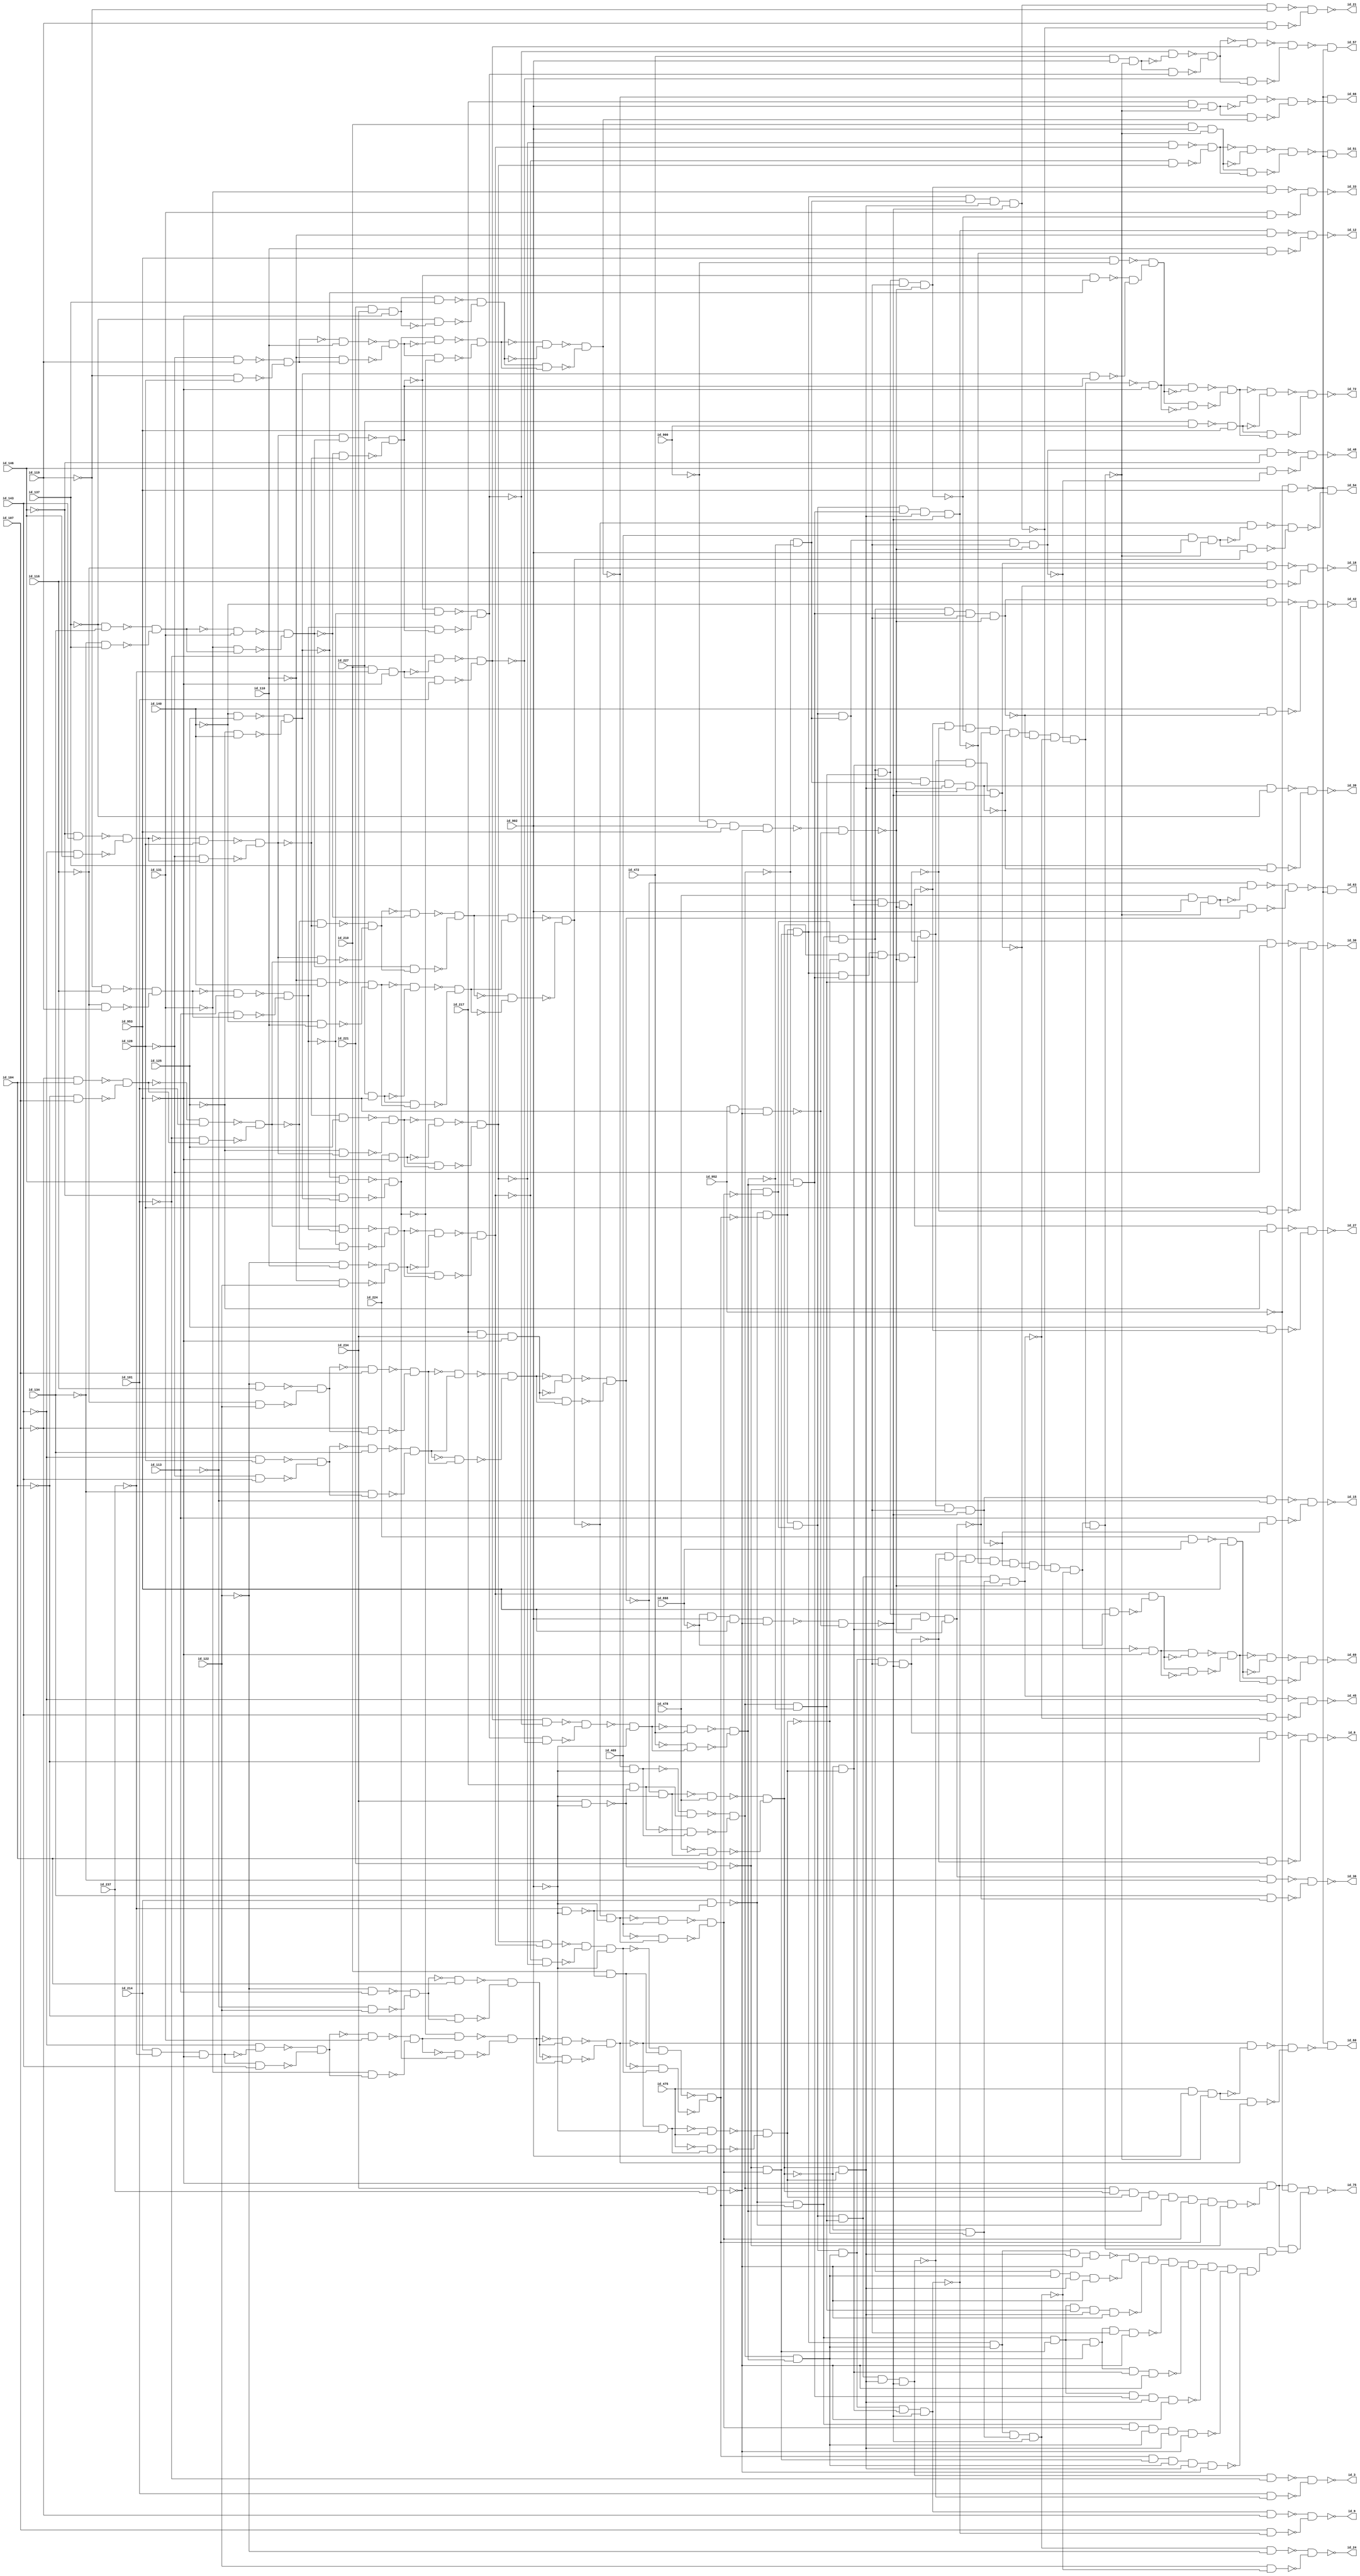
module c1908nr
( id_101 ,id_104 ,id_107 ,id_110 ,id_113 ,id_116 ,id_119 ,id_122 ,id_125 ,id_128 ,id_131 ,id_134 ,id_137 ,id_140 ,id_143 ,id_146 ,id_210 ,id_214 ,id_217 ,id_221 ,id_224 ,id_227 ,id_234 ,id_237 ,id_469 ,id_472 ,id_475 ,id_478 ,id_898 ,id_900 ,id_902 ,id_952 ,id_953 ,id_3 ,id_6 ,id_9 ,id_12 ,id_30 ,id_45 ,id_48 ,id_15 ,id_18 ,id_21 ,id_24 ,id_27 ,id_33 ,id_36 ,id_39 ,id_42 ,id_75 ,id_51 ,id_54 ,id_60 ,id_63 ,id_66 ,id_69 ,id_72 ,id_57  );

input id_101, id_104, id_107, id_110, id_113, id_116, id_119, id_122, id_125, id_128, id_131, id_134, id_137, id_140, id_143, id_146, id_210, id_214, id_217, id_221, id_224, id_227, id_234, id_237, id_469, id_472, id_475, id_478, id_898, id_900, id_902, id_952, id_953;

output id_3, id_6, id_9, id_12, id_30, id_45, id_48, id_15, id_18, id_21, id_24, id_27, id_33, id_36, id_39, id_42, id_75, id_51, id_54, id_60, id_63, id_66, id_69, id_72, id_57;

not ( id_149, id_101);
not ( id_153, id_104);
not ( id_156, id_107);
not ( id_160, id_110);
not ( id_165, id_113);
not ( id_168, id_116);
not ( id_171, id_119);
not ( id_175, id_122);
not ( id_179, id_125);
not ( id_184, id_128);
not ( id_188, id_131);
not ( id_191, id_134);
not ( id_194, id_137);
not ( id_198, id_140);
not ( id_202, id_143);
not ( id_206, id_146);
nand ( id_231, id_224, id_898);
nand ( id_233, id_227, id_900);
not ( id_241, id_237);
not ( id_244, id_237);
buf ( id_245, id_234);
buf ( id_248, id_234);
not ( id_517, id_469);
not ( id_529, id_472);
not ( id_541, id_475);
not ( id_553, id_478);
not ( id_859, id_953);
not ( id_862, id_953);
not ( id_907, id_898);
not ( id_909, id_900);
buf ( id_911, id_902);
not ( id_918, id_902);
buf ( id_919, id_902);
not ( id_922, id_902);
buf ( id_926, id_952);
not ( id_930, id_952);
not ( id_932, id_952);
buf ( id_934, id_953);
not ( id_938, id_953);
buf ( id_943, id_953);
buf ( id_947, id_953);
not ( id_949, id_953);
buf ( id_1506, id_101);
buf ( id_1514, id_104);
buf ( id_1522, id_107);
buf ( id_1530, id_110);
buf ( id_1538, id_113);
buf ( id_1546, id_116);
buf ( id_1554, id_119);
buf ( id_1562, id_122);
buf ( id_1570, id_125);
buf ( id_1578, id_128);
buf ( id_1586, id_131);
buf ( id_1594, id_134);
buf ( id_1602, id_137);
buf ( id_1610, id_140);
buf ( id_1618, id_143);
buf ( id_1626, id_146);
not ( id_1512, id_1506);
not ( id_1520, id_1514);
not ( id_1528, id_1522);
not ( id_1536, id_1530);
not ( id_1544, id_1538);
not ( id_1552, id_1546);
not ( id_1560, id_1554);
not ( id_1568, id_1562);
not ( id_1576, id_1570);
not ( id_1584, id_1578);
not ( id_1592, id_1586);
not ( id_1600, id_1594);
not ( id_1608, id_1602);
not ( id_1616, id_1610);
not ( id_1624, id_1618);
not ( id_1632, id_1626);
nand ( id_50, id_930, id_947);
nand ( id_52, id_930, id_947);
nand ( id_56, id_930, id_947);
nand ( id_58, id_930, id_947);
nand ( id_62, id_930, id_947);
nand ( id_64, id_930, id_947);
buf ( id_251, id_149);
buf ( id_254, id_153);
buf ( id_288, id_165);
buf ( id_291, id_168);
buf ( id_299, id_184);
buf ( id_302, id_202);
and ( id_318, id_224, id_938);
buf ( id_321, id_179);
buf ( id_327, id_188);
buf ( id_330, id_191);
and ( id_352, id_227, id_938);
buf ( id_355, id_198);
and ( id_369, id_210, id_241, id_938);
buf ( id_382, id_206);
buf ( id_385, id_198);
nand ( id_853, id_943, id_907);
nand ( id_856, id_943, id_909);
nand ( id_893, id_248, id_237);
nand ( id_954, id_248, id_922);
nand ( id_955, id_244, id_922);
buf ( id_1050, id_160);
buf ( id_1053, id_175);
buf ( id_1176, id_179);
buf ( id_1179, id_198);
buf ( id_1197, id_149);
buf ( id_1207, id_149);
buf ( id_1222, id_153);
buf ( id_1244, id_188);
buf ( id_1278, id_156);
and ( id_1290, id_217, id_245, id_938);
buf ( id_1300, id_191);
buf ( id_1312, id_160);
buf ( id_1332, id_194);
and ( id_1335, id_221, id_245, id_938);
buf ( id_1442, id_517);
buf ( id_1450, id_517);
buf ( id_1458, id_529);
buf ( id_1466, id_529);
buf ( id_1474, id_541);
buf ( id_1482, id_541);
buf ( id_1490, id_553);
buf ( id_1498, id_553);
and ( id_1634, id_231, id_934);
and ( id_1644, id_233, id_934);
buf ( id_1657, id_156);
buf ( id_1665, id_156);
buf ( id_1697, id_171);
buf ( id_1705, id_171);
buf ( id_1713, id_206);
buf ( id_1721, id_206);
buf ( id_1745, id_194);
buf ( id_1753, id_194);
buf ( id_1785, id_160);
buf ( id_1793, id_160);
buf ( id_1814, id_165);
buf ( id_1817, id_175);
and ( id_1830, id_214, id_241, id_938);
buf ( id_1833, id_202);
buf ( id_1841, id_179);
buf ( id_1849, id_179);
buf ( id_1854, id_168);
buf ( id_1857, id_175);
buf ( id_1870, id_184);
buf ( id_1873, id_202);
buf ( id_1878, id_171);
buf ( id_1881, id_184);
not ( id_1642, id_1634);
not ( id_1652, id_1644);
not ( id_1056, id_1050);
not ( id_1057, id_1053);
not ( id_1182, id_1176);
not ( id_1183, id_1179);
not ( id_1211, id_1207);
not ( id_1298, id_1290);
not ( id_1320, id_1312);
not ( id_1338, id_1332);
not ( id_1339, id_1335);
buf ( id_457, id_210);
buf ( id_459, id_217);
nand ( id_482, id_214, id_955);
nand ( id_487, id_221, id_954);
nand ( id_492, id_210, id_955);
nand ( id_505, id_217, id_954);
not ( id_1456, id_1450);
not ( id_1448, id_1442);
not ( id_1472, id_1466);
not ( id_1464, id_1458);
not ( id_1488, id_1482);
not ( id_1480, id_1474);
not ( id_1504, id_1498);
not ( id_1496, id_1490);
nand ( id_956, id_907, id_919, id_943, id_893);
nand ( id_967, id_909, id_919, id_943, id_893);
nand ( id_978, id_926, id_949, id_893);
buf ( id_979, id_893);
buf ( id_980, id_251);
not ( id_1661, id_1657);
buf ( id_990, id_251);
not ( id_1669, id_1665);
buf ( id_1030, id_288);
not ( id_1701, id_1697);
buf ( id_1040, id_288);
not ( id_1709, id_1705);
buf ( id_1058, id_299);
not ( id_1717, id_1713);
buf ( id_1068, id_299);
not ( id_1725, id_1721);
buf ( id_1078, id_318);
buf ( id_1090, id_318);
buf ( id_1100, id_327);
not ( id_1749, id_1745);
buf ( id_1112, id_327);
not ( id_1757, id_1753);
buf ( id_1154, id_352);
not ( id_1789, id_1785);
buf ( id_1166, id_352);
not ( id_1797, id_1793);
buf ( id_1194, id_369);
not ( id_1201, id_1197);
buf ( id_1204, id_369);
not ( id_1820, id_1814);
not ( id_1821, id_1817);
not ( id_1230, id_1222);
not ( id_1836, id_1830);
not ( id_1837, id_1833);
not ( id_1252, id_1244);
buf ( id_1256, id_382);
not ( id_1845, id_1841);
buf ( id_1268, id_382);
not ( id_1853, id_1849);
not ( id_1860, id_1854);
not ( id_1861, id_1857);
not ( id_1286, id_1278);
not ( id_1876, id_1870);
not ( id_1877, id_1873);
not ( id_1308, id_1300);
not ( id_1884, id_1878);
not ( id_1885, id_1881);
buf ( id_1654, id_254);
buf ( id_1662, id_254);
buf ( id_1694, id_291);
buf ( id_1702, id_291);
buf ( id_1710, id_302);
buf ( id_1718, id_302);
buf ( id_1726, id_321);
buf ( id_1734, id_321);
buf ( id_1742, id_330);
buf ( id_1750, id_330);
buf ( id_1782, id_355);
buf ( id_1790, id_355);
buf ( id_1838, id_385);
buf ( id_1846, id_385);
nand ( id_297, id_1053, id_1056);
nand ( id_298, id_1050, id_1057);
nand ( id_361, id_1179, id_1182);
nand ( id_362, id_1176, id_1183);
nand ( id_404, id_1335, id_1338);
nand ( id_405, id_1332, id_1339);
nand ( id_1225, id_1817, id_1820);
nand ( id_1226, id_1814, id_1821);
nand ( id_1247, id_1833, id_1836);
nand ( id_1248, id_1830, id_1837);
nand ( id_1281, id_1857, id_1860);
nand ( id_1282, id_1854, id_1861);
nand ( id_1303, id_1873, id_1876);
nand ( id_1304, id_1870, id_1877);
nand ( id_1315, id_1881, id_1884);
nand ( id_1316, id_1878, id_1885);
not ( id_998, id_990);
not ( id_988, id_980);
nand ( id_268, id_297, id_298);
not ( id_1038, id_1030);
not ( id_1048, id_1040);
not ( id_1076, id_1068);
not ( id_1066, id_1058);
not ( id_1098, id_1090);
not ( id_1120, id_1112);
not ( id_1174, id_1166);
nand ( id_363, id_361, id_362);
not ( id_1210, id_1204);
nand ( id_373, id_1204, id_1211);
not ( id_1276, id_1268);
nand ( id_406, id_404, id_405);
buf ( id_566, id_482);
buf ( id_615, id_487);
nand ( id_958, id_956, id_978);
nand ( id_969, id_967, id_978);
not ( id_1660, id_1654);
nand ( id_984, id_1654, id_1661);
not ( id_1668, id_1662);
nand ( id_994, id_1662, id_1669);
not ( id_1700, id_1694);
nand ( id_1034, id_1694, id_1701);
not ( id_1708, id_1702);
nand ( id_1044, id_1702, id_1709);
not ( id_1716, id_1710);
nand ( id_1062, id_1710, id_1717);
not ( id_1724, id_1718);
nand ( id_1072, id_1718, id_1725);
not ( id_1732, id_1726);
not ( id_1086, id_1078);
not ( id_1740, id_1734);
not ( id_1748, id_1742);
nand ( id_1104, id_1742, id_1749);
not ( id_1108, id_1100);
not ( id_1756, id_1750);
nand ( id_1116, id_1750, id_1757);
not ( id_1788, id_1782);
nand ( id_1158, id_1782, id_1789);
not ( id_1162, id_1154);
not ( id_1796, id_1790);
nand ( id_1170, id_1790, id_1797);
not ( id_1200, id_1194);
nand ( id_1203, id_1194, id_1201);
nand ( id_1227, id_1225, id_1226);
nand ( id_1249, id_1247, id_1248);
not ( id_1844, id_1838);
nand ( id_1260, id_1838, id_1845);
not ( id_1264, id_1256);
not ( id_1852, id_1846);
nand ( id_1272, id_1846, id_1853);
nand ( id_1283, id_1281, id_1282);
nand ( id_1305, id_1303, id_1304);
nand ( id_1317, id_1315, id_1316);
buf ( id_1410, id_492);
buf ( id_1418, id_492);
buf ( id_1426, id_505);
buf ( id_1434, id_505);
not ( id_269, id_268);
nand ( id_372, id_1207, id_1210);
nand ( id_983, id_1657, id_1660);
nand ( id_993, id_1665, id_1668);
nand ( id_1033, id_1697, id_1700);
nand ( id_1043, id_1705, id_1708);
nand ( id_1061, id_1713, id_1716);
nand ( id_1071, id_1721, id_1724);
nand ( id_1103, id_1745, id_1748);
nand ( id_1115, id_1753, id_1756);
nand ( id_1157, id_1785, id_1788);
nand ( id_1169, id_1793, id_1796);
not ( id_1184, id_363);
nand ( id_1202, id_1197, id_1200);
nand ( id_1259, id_1841, id_1844);
nand ( id_1271, id_1849, id_1852);
not ( id_1322, id_406);
nand ( id_374, id_372, id_373);
nand ( id_396, id_1317, id_1320);
not ( id_1321, id_1317);
not ( id_1424, id_1418);
not ( id_1416, id_1410);
not ( id_1440, id_1434);
not ( id_1432, id_1426);
nand ( id_985, id_983, id_984);
nand ( id_995, id_993, id_994);
nand ( id_1035, id_1033, id_1034);
nand ( id_1045, id_1043, id_1044);
nand ( id_1063, id_1061, id_1062);
nand ( id_1073, id_1071, id_1072);
nand ( id_1105, id_1103, id_1104);
nand ( id_1117, id_1115, id_1116);
nand ( id_1159, id_1157, id_1158);
nand ( id_1171, id_1169, id_1170);
nand ( id_1212, id_1202, id_1203);
not ( id_1231, id_1227);
nand ( id_1232, id_1227, id_1230);
not ( id_1253, id_1249);
nand ( id_1254, id_1249, id_1252);
nand ( id_1261, id_1259, id_1260);
nand ( id_1273, id_1271, id_1272);
not ( id_1287, id_1283);
nand ( id_1288, id_1283, id_1286);
not ( id_1309, id_1305);
nand ( id_1310, id_1305, id_1308);
not ( id_1192, id_1184);
nand ( id_397, id_1312, id_1321);
not ( id_1330, id_1322);
buf ( id_1000, id_269);
buf ( id_1010, id_269);
nand ( id_1233, id_1222, id_1231);
nand ( id_1255, id_1244, id_1253);
nand ( id_1289, id_1278, id_1287);
nand ( id_1311, id_1300, id_1309);
not ( id_1381, id_374);
nand ( id_257, id_995, id_998);
not ( id_999, id_995);
nand ( id_260, id_985, id_988);
not ( id_989, id_985);
nand ( id_272, id_1035, id_1038);
not ( id_1039, id_1035);
nand ( id_294, id_1045, id_1048);
not ( id_1049, id_1045);
nand ( id_305, id_1073, id_1076);
not ( id_1077, id_1073);
nand ( id_308, id_1063, id_1066);
not ( id_1067, id_1063);
nand ( id_333, id_1117, id_1120);
not ( id_1121, id_1117);
nand ( id_358, id_1171, id_1174);
not ( id_1175, id_1171);
not ( id_1220, id_1212);
nand ( id_388, id_1273, id_1276);
not ( id_1277, id_1273);
nand ( id_398, id_396, id_397);
not ( id_1109, id_1105);
nand ( id_1110, id_1105, id_1108);
not ( id_1163, id_1159);
nand ( id_1164, id_1159, id_1162);
nand ( id_1234, id_1232, id_1233);
not ( id_1265, id_1261);
nand ( id_1266, id_1261, id_1264);
nand ( id_1822, id_1254, id_1255);
nand ( id_1862, id_1310, id_1311);
nand ( id_1865, id_1288, id_1289);
nand ( id_258, id_990, id_999);
nand ( id_261, id_980, id_989);
nand ( id_273, id_1030, id_1039);
not ( id_1018, id_1010);
not ( id_1008, id_1000);
nand ( id_295, id_1040, id_1049);
nand ( id_306, id_1068, id_1077);
nand ( id_309, id_1058, id_1067);
nand ( id_334, id_1112, id_1121);
nand ( id_359, id_1166, id_1175);
nand ( id_389, id_1268, id_1277);
not ( id_1385, id_1381);
nand ( id_1111, id_1100, id_1109);
nand ( id_1165, id_1154, id_1163);
nand ( id_1267, id_1256, id_1265);
not ( id_1886, id_398);
nand ( id_259, id_257, id_258);
nand ( id_262, id_260, id_261);
nand ( id_274, id_272, id_273);
nand ( id_296, id_294, id_295);
nand ( id_307, id_305, id_306);
nand ( id_310, id_308, id_309);
nand ( id_335, id_333, id_334);
nand ( id_360, id_358, id_359);
not ( id_1242, id_1234);
nand ( id_390, id_388, id_389);
not ( id_1828, id_1822);
not ( id_1868, id_1862);
not ( id_1869, id_1865);
nand ( id_1373, id_1164, id_1165);
nand ( id_1798, id_1110, id_1111);
nand ( id_1825, id_1266, id_1267);
not ( id_265, id_259);
not ( id_314, id_307);
not ( id_336, id_335);
not ( id_407, id_296);
nand ( id_1293, id_1865, id_1868);
nand ( id_1294, id_1862, id_1869);
not ( id_1892, id_1886);
not ( id_1777, id_360);
not ( id_1889, id_390);
buf ( id_410, id_310);
not ( id_1377, id_1373);
not ( id_1804, id_1798);
nand ( id_1237, id_1825, id_1828);
not ( id_1829, id_1825);
nand ( id_1295, id_1293, id_1294);
buf ( id_1670, id_274);
buf ( id_1678, id_274);
buf ( id_1729, id_310);
buf ( id_1737, id_310);
buf ( id_1761, id_262);
buf ( id_1769, id_262);
buf ( id_340, id_336);
buf ( id_343, id_314);
not ( id_1781, id_1777);
nand ( id_1238, id_1822, id_1829);
nand ( id_1325, id_1889, id_1892);
not ( id_1893, id_1889);
buf ( id_1340, id_407);
buf ( id_1352, id_407);
buf ( id_1673, id_265);
buf ( id_1681, id_265);
buf ( id_1801, id_314);
buf ( id_1897, id_336);
buf ( id_1905, id_336);
nand ( id_391, id_1295, id_1298);
not ( id_1299, id_1295);
not ( id_1676, id_1670);
not ( id_1684, id_1678);
nand ( id_1081, id_1729, id_1732);
not ( id_1733, id_1729);
nand ( id_1093, id_1737, id_1740);
not ( id_1741, id_1737);
not ( id_1765, id_1761);
not ( id_1773, id_1769);
nand ( id_1239, id_1237, id_1238);
nand ( id_1326, id_1886, id_1893);
buf ( id_1894, id_410);
buf ( id_1902, id_410);
nand ( id_392, id_1290, id_1299);
not ( id_1360, id_1352);
nand ( id_1003, id_1673, id_1676);
not ( id_1677, id_1673);
nand ( id_1013, id_1681, id_1684);
not ( id_1685, id_1681);
nand ( id_1082, id_1726, id_1733);
nand ( id_1094, id_1734, id_1741);
buf ( id_1122, id_340);
buf ( id_1134, id_340);
nand ( id_1187, id_1801, id_1804);
not ( id_1805, id_1801);
nand ( id_1327, id_1325, id_1326);
not ( id_1901, id_1897);
not ( id_1348, id_1340);
not ( id_1909, id_1905);
buf ( id_1758, id_343);
buf ( id_1766, id_343);
nand ( id_377, id_1239, id_1242);
not ( id_1243, id_1239);
nand ( id_393, id_391, id_392);
nand ( id_1004, id_1670, id_1677);
nand ( id_1014, id_1678, id_1685);
nand ( id_1083, id_1081, id_1082);
nand ( id_1095, id_1093, id_1094);
nand ( id_1188, id_1798, id_1805);
not ( id_1900, id_1894);
nand ( id_1344, id_1894, id_1901);
not ( id_1908, id_1902);
nand ( id_1356, id_1902, id_1909);
not ( id_1142, id_1134);
nand ( id_378, id_1234, id_1243);
nand ( id_399, id_1327, id_1330);
not ( id_1331, id_1327);
nand ( id_1005, id_1003, id_1004);
nand ( id_1015, id_1013, id_1014);
not ( id_1764, id_1758);
nand ( id_1126, id_1758, id_1765);
not ( id_1130, id_1122);
not ( id_1772, id_1766);
nand ( id_1138, id_1766, id_1773);
nand ( id_1189, id_1187, id_1188);
nand ( id_1343, id_1897, id_1900);
nand ( id_1355, id_1905, id_1908);
nand ( id_324, id_1095, id_1098);
not ( id_1099, id_1095);
nand ( id_379, id_377, id_378);
nand ( id_400, id_1322, id_1331);
nand ( id_449, id_393, id_918);
not ( id_1087, id_1083);
nand ( id_1088, id_1083, id_1086);
nand ( id_1125, id_1761, id_1764);
nand ( id_1137, id_1769, id_1772);
nand ( id_1345, id_1343, id_1344);
nand ( id_1357, id_1355, id_1356);
buf ( id_1397, id_393);
nand ( id_277, id_1015, id_1018);
not ( id_1019, id_1015);
nand ( id_280, id_1005, id_1008);
not ( id_1009, id_1005);
nand ( id_325, id_1090, id_1099);
nand ( id_364, id_1189, id_1192);
not ( id_1193, id_1189);
nand ( id_401, id_399, id_400);
nand ( id_1089, id_1078, id_1087);
nand ( id_1127, id_1125, id_1126);
nand ( id_1139, id_1137, id_1138);
nand ( id_278, id_1010, id_1019);
nand ( id_281, id_1000, id_1009);
nand ( id_326, id_324, id_325);
nand ( id_365, id_1184, id_1193);
nand ( id_413, id_1357, id_1360);
not ( id_1361, id_1357);
not ( id_1401, id_1397);
nand ( id_445, id_379, id_918);
not ( id_1349, id_1345);
nand ( id_1350, id_1345, id_1348);
buf ( id_1389, id_379);
buf ( id_1493, id_449);
buf ( id_1501, id_449);
nand ( id_1689, id_1088, id_1089);
nand ( id_279, id_277, id_278);
nand ( id_282, id_280, id_281);
nand ( id_346, id_1139, id_1142);
not ( id_1143, id_1139);
nand ( id_366, id_364, id_365);
nand ( id_414, id_1352, id_1361);
nand ( id_453, id_401, id_918);
not ( id_1131, id_1127);
nand ( id_1132, id_1127, id_1130);
nand ( id_1351, id_1340, id_1349);
not ( id_1365, id_326);
buf ( id_1405, id_401);
not ( id_285, id_279);
nand ( id_347, id_1134, id_1143);
not ( id_367, id_366);
nand ( id_415, id_413, id_414);
not ( id_1393, id_1389);
nand ( id_556, id_1501, id_1504);
not ( id_1505, id_1501);
nand ( id_559, id_1493, id_1496);
not ( id_1497, id_1493);
not ( id_1693, id_1689);
nand ( id_1133, id_1122, id_1131);
buf ( id_1477, id_445);
buf ( id_1485, id_445);
nand ( id_1809, id_1350, id_1351);
nand ( id_348, id_346, id_347);
not ( id_1369, id_1365);
not ( id_1409, id_1405);
nand ( id_557, id_1498, id_1505);
nand ( id_560, id_1490, id_1497);
buf ( id_1362, id_282);
not ( id_1378, id_415);
buf ( id_1429, id_453);
buf ( id_1437, id_453);
buf ( id_1686, id_282);
nand ( id_1774, id_1132, id_1133);
and ( id_1910, id_285, id_853);
and ( id_1918, id_856, id_367);
nand ( id_544, id_1485, id_1488);
not ( id_1489, id_1485);
nand ( id_547, id_1477, id_1480);
not ( id_1481, id_1477);
nand ( id_558, id_556, id_557);
nand ( id_561, id_559, id_560);
not ( id_1813, id_1809);
not ( id_1370, id_348);
not ( id_1368, id_1362);
nand ( id_417, id_1362, id_1369);
not ( id_1384, id_1378);
nand ( id_424, id_1378, id_1385);
nand ( id_508, id_1437, id_1440);
not ( id_1441, id_1437);
nand ( id_511, id_1429, id_1432);
not ( id_1433, id_1429);
nand ( id_545, id_1482, id_1489);
nand ( id_548, id_1474, id_1481);
not ( id_564, id_558);
not ( id_1692, id_1686);
nand ( id_1024, id_1686, id_1693);
not ( id_1780, id_1774);
nand ( id_1148, id_1774, id_1781);
not ( id_1916, id_1910);
not ( id_1924, id_1918);
nand ( id_416, id_1365, id_1368);
not ( id_1376, id_1370);
nand ( id_421, id_1370, id_1377);
nand ( id_423, id_1381, id_1384);
nand ( id_509, id_1434, id_1441);
nand ( id_512, id_1426, id_1433);
nand ( id_546, id_544, id_545);
nand ( id_549, id_547, id_548);
not ( id_719, id_561);
buf ( id_722, id_561);
nand ( id_1023, id_1689, id_1692);
nand ( id_1147, id_1777, id_1780);
nand ( id_418, id_416, id_417);
nand ( id_420, id_1373, id_1376);
nand ( id_425, id_423, id_424);
nand ( id_510, id_508, id_509);
nand ( id_513, id_511, id_512);
not ( id_552, id_546);
nand ( id_1025, id_1023, id_1024);
nand ( id_1149, id_1147, id_1148);
not ( id_419, id_418);
nand ( id_422, id_420, id_421);
nand ( id_441, id_425, id_918);
not ( id_516, id_510);
not ( id_725, id_549);
buf ( id_728, id_549);
not ( id_1029, id_1025);
not ( id_1153, id_1149);
nand ( id_433, id_419, id_918);
nand ( id_437, id_422, id_918);
not ( id_663, id_513);
buf ( id_666, id_513);
and ( id_731, id_719, id_725);
and ( id_746, id_722, id_725);
and ( id_756, id_719, id_728);
and ( id_770, id_722, id_728);
buf ( id_1461, id_441);
buf ( id_1469, id_441);
buf ( id_1413, id_433);
buf ( id_1421, id_433);
buf ( id_1445, id_437);
buf ( id_1453, id_437);
nand ( id_532, id_1469, id_1472);
not ( id_1473, id_1469);
nand ( id_535, id_1461, id_1464);
not ( id_1465, id_1461);
nand ( id_495, id_1421, id_1424);
not ( id_1425, id_1421);
nand ( id_498, id_1413, id_1416);
not ( id_1417, id_1413);
nand ( id_520, id_1453, id_1456);
not ( id_1457, id_1453);
nand ( id_523, id_1445, id_1448);
not ( id_1449, id_1445);
nand ( id_533, id_1466, id_1473);
nand ( id_536, id_1458, id_1465);
nand ( id_496, id_1418, id_1425);
nand ( id_499, id_1410, id_1417);
nand ( id_521, id_1450, id_1457);
nand ( id_524, id_1442, id_1449);
nand ( id_534, id_532, id_533);
nand ( id_537, id_535, id_536);
nand ( id_497, id_495, id_496);
nand ( id_500, id_498, id_499);
nand ( id_522, id_520, id_521);
nand ( id_525, id_523, id_524);
not ( id_540, id_534);
not ( id_503, id_497);
not ( id_528, id_522);
not ( id_669, id_537);
buf ( id_672, id_537);
not ( id_569, id_500);
and ( id_588, id_566, id_500);
not ( id_618, id_525);
and ( id_639, id_615, id_525);
nand ( id_867, id_516, id_564, id_552, id_540, id_482, id_528, id_503, id_487);
buf ( id_588a, id_588);
buf ( id_588b, id_588);
buf ( id_639a, id_639);
buf ( id_639b, id_639);
and ( id_675, id_663, id_669);
and ( id_688, id_666, id_669);
and ( id_696, id_663, id_672);
and ( id_710, id_666, id_672);
and ( id_73, id_949, id_867, id_932);
buf ( id_572, id_569);
and ( id_573, id_566, id_569);
buf ( id_621, id_618);
and ( id_622, id_615, id_618);
nand ( id_776, id_588a, id_639a, id_696, id_731, id_958);
nand ( id_780, id_588a, id_639a, id_675, id_756, id_958);
nand ( id_784, id_588a, id_639a, id_675, id_746, id_958);
nand ( id_788, id_588a, id_639a, id_688, id_731, id_958);
nand ( id_812, id_588b, id_639a, id_710, id_746, id_969);
nand ( id_832, id_588b, id_639b, id_696, id_770, id_969);
nand ( id_836, id_588b, id_639b, id_710, id_756, id_969);
and ( id_1509, id_588a, id_639a, id_696, id_731, id_958);
and ( id_1517, id_588a, id_639a, id_675, id_756, id_958);
and ( id_1525, id_588a, id_639a, id_675, id_746, id_958);
and ( id_1533, id_588a, id_639a, id_688, id_731, id_958);
and ( id_1581, id_588b, id_639a, id_710, id_746, id_969);
and ( id_1621, id_588b, id_639b, id_696, id_770, id_969);
and ( id_1629, id_588b, id_639b, id_710, id_756, id_969);
nand ( id_792, id_588a, id_622, id_696, id_756, id_958);
nand ( id_796, id_588b, id_622, id_696, id_746, id_958);
nand ( id_800, id_588b, id_622, id_710, id_731, id_958);
nand ( id_804, id_588b, id_622, id_675, id_770, id_958);
nand ( id_808, id_588b, id_622, id_688, id_756, id_969);
nand ( id_816, id_573, id_639b, id_696, id_756, id_969);
nand ( id_820, id_573, id_639b, id_696, id_746, id_969);
nand ( id_824, id_573, id_639b, id_710, id_731, id_969);
nand ( id_828, id_573, id_639b, id_688, id_756, id_969);
nand ( id_871, id_588b, id_622, id_675, id_731, id_979);
nand ( id_873, id_573, id_639b, id_675, id_731, id_979);
nand ( id_875, id_573, id_622, id_696, id_731, id_979);
nand ( id_877, id_573, id_622, id_675, id_756, id_979);
nand ( id_879, id_573, id_622, id_675, id_746, id_979);
nand ( id_881, id_573, id_622, id_688, id_731, id_979);
nand ( id_883, id_573, id_621, id_675, id_731, id_979);
nand ( id_885, id_572, id_622, id_675, id_731, id_979);
and ( id_1541, id_588a, id_622, id_696, id_756, id_958);
and ( id_1549, id_588b, id_622, id_696, id_746, id_958);
and ( id_1557, id_588b, id_622, id_710, id_731, id_958);
and ( id_1565, id_588b, id_622, id_675, id_770, id_958);
and ( id_1573, id_588b, id_622, id_688, id_756, id_969);
and ( id_1589, id_573, id_639b, id_696, id_756, id_969);
and ( id_1597, id_573, id_639b, id_696, id_746, id_969);
and ( id_1605, id_573, id_639b, id_710, id_731, id_969);
and ( id_1613, id_573, id_639b, id_688, id_756, id_969);
nand ( id_1, id_1509, id_1512);
not ( id_1513, id_1509);
nand ( id_4, id_1517, id_1520);
not ( id_1521, id_1517);
nand ( id_7, id_1525, id_1528);
not ( id_1529, id_1525);
nand ( id_10, id_1533, id_1536);
not ( id_1537, id_1533);
nand ( id_28, id_1581, id_1584);
not ( id_1585, id_1581);
nand ( id_43, id_1621, id_1624);
not ( id_1625, id_1621);
nand ( id_46, id_1629, id_1632);
not ( id_1633, id_1629);
and ( id_886, id_871, id_873, id_875, id_877, id_879, id_881, id_883, id_885);
nand ( id_2, id_1506, id_1513);
nand ( id_5, id_1514, id_1521);
nand ( id_8, id_1522, id_1529);
nand ( id_11, id_1530, id_1537);
nand ( id_13, id_1541, id_1544);
not ( id_1545, id_1541);
nand ( id_16, id_1549, id_1552);
not ( id_1553, id_1549);
nand ( id_19, id_1557, id_1560);
not ( id_1561, id_1557);
nand ( id_22, id_1565, id_1568);
not ( id_1569, id_1565);
nand ( id_25, id_1573, id_1576);
not ( id_1577, id_1573);
nand ( id_29, id_1578, id_1585);
nand ( id_31, id_1589, id_1592);
not ( id_1593, id_1589);
nand ( id_34, id_1597, id_1600);
not ( id_1601, id_1597);
nand ( id_37, id_1605, id_1608);
not ( id_1609, id_1605);
nand ( id_40, id_1613, id_1616);
not ( id_1617, id_1613);
nand ( id_44, id_1618, id_1625);
nand ( id_47, id_1626, id_1633);
nand ( id_857, id_776, id_780, id_784, id_788, id_792, id_796, id_800, id_804);
nand ( id_860, id_808, id_812, id_816, id_820, id_824, id_828, id_832, id_836);
and ( id_863, id_776, id_780, id_784, id_788, id_792, id_796, id_800, id_804);
and ( id_865, id_808, id_812, id_816, id_820, id_824, id_828, id_832, id_836);
nand ( id_3, id_1, id_2);
nand ( id_6, id_4, id_5);
nand ( id_9, id_7, id_8);
nand ( id_12, id_10, id_11);
nand ( id_14, id_1538, id_1545);
nand ( id_17, id_1546, id_1553);
nand ( id_20, id_1554, id_1561);
nand ( id_23, id_1562, id_1569);
nand ( id_26, id_1570, id_1577);
nand ( id_30, id_28, id_29);
nand ( id_32, id_1586, id_1593);
nand ( id_35, id_1594, id_1601);
nand ( id_38, id_1602, id_1609);
nand ( id_41, id_1610, id_1617);
nand ( id_45, id_43, id_44);
nand ( id_48, id_46, id_47);
and ( id_1913, id_857, id_859);
and ( id_1921, id_860, id_862);
nand ( id_15, id_13, id_14);
nand ( id_18, id_16, id_17);
nand ( id_21, id_19, id_20);
nand ( id_24, id_22, id_23);
nand ( id_27, id_25, id_26);
nand ( id_33, id_31, id_32);
nand ( id_36, id_34, id_35);
nand ( id_39, id_37, id_38);
nand ( id_42, id_40, id_41);
and ( id_887, id_863, id_865, id_886);
nand ( id_462, id_863, id_865);
and ( id_74, id_949, id_867, id_887);
nand ( id_1637, id_1913, id_1916);
not ( id_1917, id_1913);
nand ( id_1647, id_1921, id_1924);
not ( id_1925, id_1921);
nor ( id_75, id_73, id_74);
and ( id_1020, id_457, id_911, id_462);
and ( id_1144, id_469, id_911, id_462);
and ( id_1386, id_475, id_911, id_462);
and ( id_1394, id_478, id_911, id_462);
and ( id_1402, id_459, id_911, id_462);
nand ( id_1638, id_1910, id_1917);
nand ( id_1648, id_1918, id_1925);
and ( id_1806, id_472, id_911, id_462);
nand ( id_1639, id_1637, id_1638);
nand ( id_1649, id_1647, id_1648);
nand ( id_287, id_1020, id_1029);
nand ( id_350, id_1144, id_1153);
nand ( id_427, id_1386, id_1393);
nand ( id_429, id_1394, id_1401);
nand ( id_431, id_1402, id_1409);
not ( id_1028, id_1020);
not ( id_1152, id_1144);
not ( id_1392, id_1386);
not ( id_1400, id_1394);
not ( id_1408, id_1402);
not ( id_1812, id_1806);
nand ( id_1216, id_1806, id_1813);
nand ( id_286, id_1025, id_1028);
nand ( id_349, id_1149, id_1152);
nand ( id_426, id_1389, id_1392);
nand ( id_428, id_1397, id_1400);
nand ( id_430, id_1405, id_1408);
nand ( id_67, id_1639, id_1642);
not ( id_1643, id_1639);
nand ( id_70, id_1649, id_1652);
not ( id_1653, id_1649);
nand ( id_1215, id_1809, id_1812);
nand ( id_49, id_286, id_287);
nand ( id_53, id_349, id_350);
nand ( id_59, id_426, id_427);
nand ( id_61, id_428, id_429);
nand ( id_65, id_430, id_431);
nand ( id_68, id_1634, id_1643);
nand ( id_71, id_1644, id_1653);
nand ( id_1217, id_1215, id_1216);
and ( id_51, id_49, id_50);
and ( id_54, id_52, id_53);
and ( id_60, id_58, id_59);
and ( id_63, id_61, id_62);
and ( id_66, id_64, id_65);
nand ( id_69, id_67, id_68);
nand ( id_72, id_70, id_71);
nand ( id_375, id_1217, id_1220);
not ( id_1221, id_1217);
nand ( id_376, id_1212, id_1221);
nand ( id_55, id_375, id_376);
and ( id_57, id_55, id_56);

endmodule